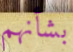
بشأنهم